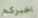
اخبركم